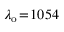
\lambda _ { \mathrm { o } } \! = \! 1 0 5 4